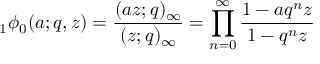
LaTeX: \; _ { 1 } \phi _ { 0 } ( a ; q , z ) = { \frac { ( a z ; q ) _ { \infty } } { ( z ; q ) _ { \infty } } } = \prod _ { n = 0 } ^ { \infty } { \frac { 1 - a q ^ { n } z } { 1 - q ^ { n } z } }